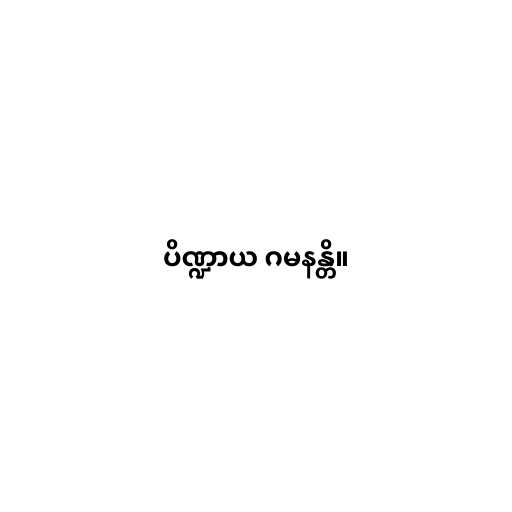
ပိဏ္ဍာယ ဂမနန္တိ။